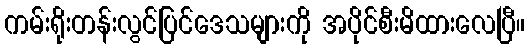
ကမ်းရိုးတန်းလွင်ပြင်ဒေသများကို အပိုင်စီးမိထားလေပြီ။